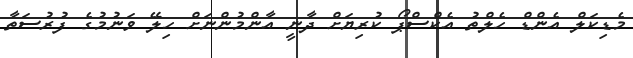
މެޑިކަލް އެންޑް ހެލްތު އެކްސްޕޯ ކުރިޔަށް ދާނީ އާންމުންނަށް ހިލޭ ވަނުމުގެ ފުރުސަތާ